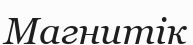
Магнитік